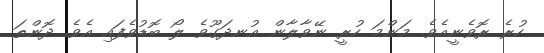
ހުރެ ރޮވެނީއެވެ. މަންމަ ހުރީ ނޭވާލާން އުނދަގޫވެ ލޯ ބޮޑުވެފައި އެވެ. ދޮންތަ